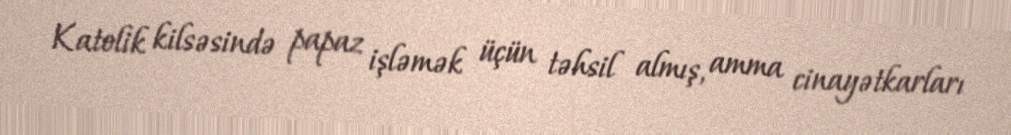
Katolik kilsəsində papaz işləmək üçün təhsil almış, amma cinayətkarları